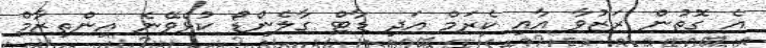
އެ ގޮތުން ރަޒުވާ އާއި ކެރަމް އަދި ޑާޓް ގާލެންޑޯ ކުޅެވޭނެ އިންތިޒާމް